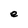
Character: e